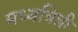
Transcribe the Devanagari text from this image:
मध्यचिली